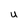
Character: u